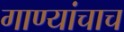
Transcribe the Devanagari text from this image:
गाण्यांचाच